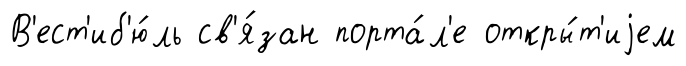
В'ест'иб'ю́ль св'я́зан порта́л'е откры́т'иjем